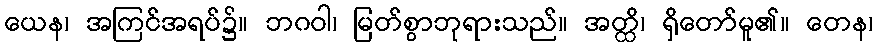
ယေန၊ အကြင်အရပ်၌။ ဘဂဝါ၊ မြတ်စွာဘုရားသည်။ အတ္ထိ၊ ရှိတော်မူ၏။ တေန၊